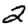
Digit: 2